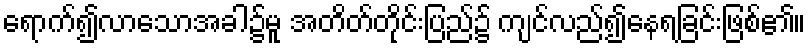
ရောက်၍လာသောအခါ၌မူ အတိတ်တိုင်းပြည်၌ ကျင်လည်၍နေရခြင်းဖြစ်၏။